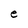
Character: e